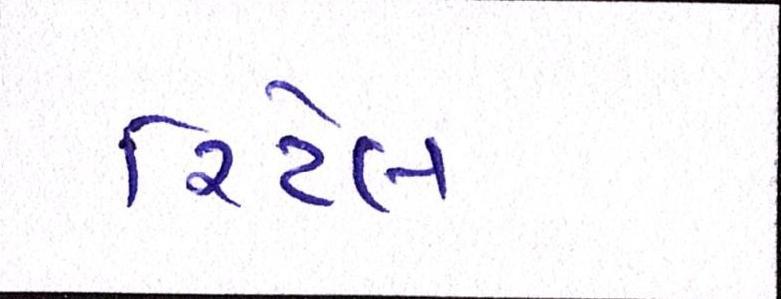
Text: રિટેલ